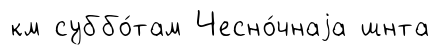
км суббо́там Чесно́чнаjа шнта